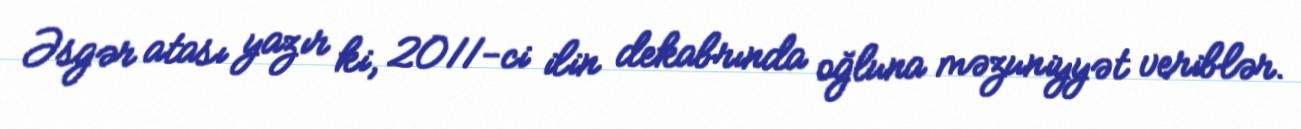
Əsgər atası yazır ki, 2011-ci ilin dekabrında oğluna məzuniyyət veriblər.